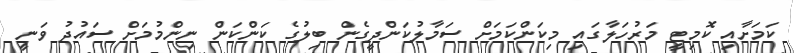
ކަމަށާއި ކޮމިޓީ މަރުހަލާގައި މިކަންކަމަށް ސަމާލުކަންދީގެން ބިލުގެ ކަންކަން ނިންމުމަށް ސައުދު ވަނީ